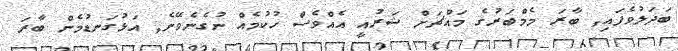
ބަދަލުވެފައި